Annual administration report of the Civil Veterinary Department, Ajmere-Merwara, British Rajputana - 1914-1940
Year: 1914
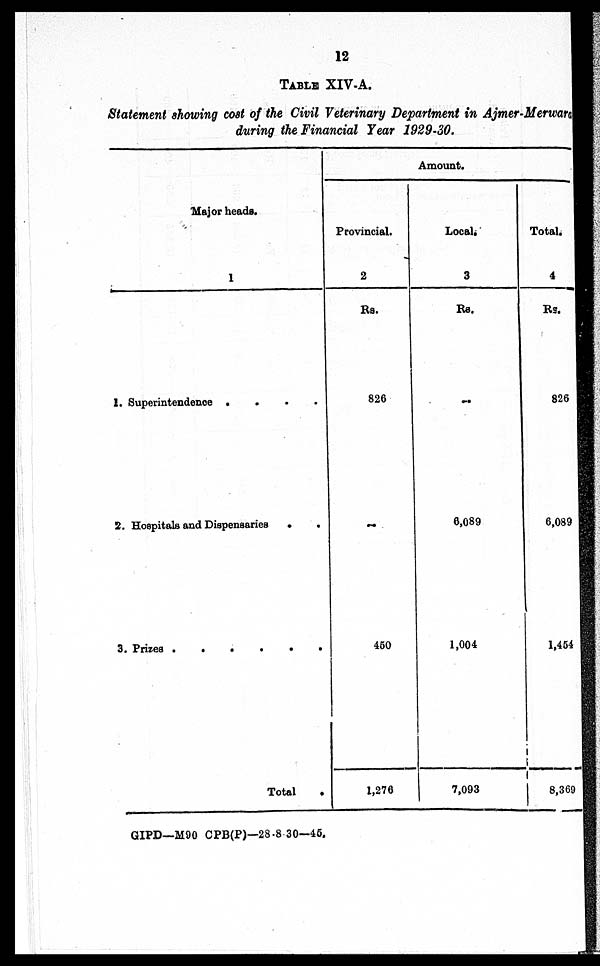
12
TABLE XIV-A.
Statement showing cost of the Civil Veterinary Department in Ajmer-Merwara
during the Financial Year 1929-30.
Major heads.
1
1. Superintendence .
.
.
.
2. Hospitals and Dispensaries . . . .
3. Prizes .
.
.
.
.
.
Total .
Amount.
Provincial.
2
Rs.
826
..
460
1,276
Local.
3
Rs.
..
6,089
1,004
7,093
Total.
4
Rs.
826
6,089
1,454
8,369
GIPD—M90 CPB(P)—28-8 30—45.